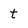
Character: t